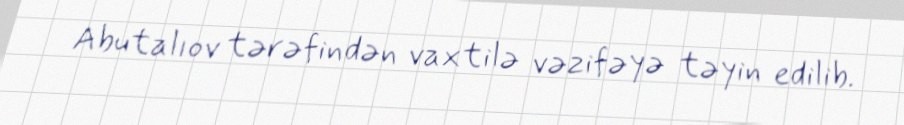
Abutalıov tərəfindən vaxtilə vəzifəyə təyin edilib.